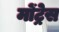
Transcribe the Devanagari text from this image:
मोंट्रेस